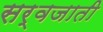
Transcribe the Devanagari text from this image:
सर्वजाती